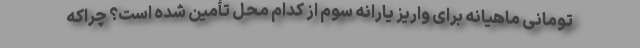
تومانی ماهیانه برای واریز یارانه سوم از کدام محل تأمین شده است؟ چراکه